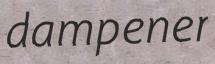
dampener